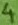
Text: 4